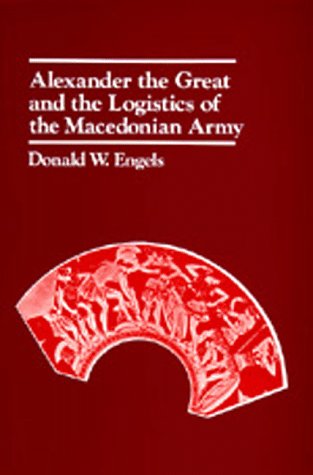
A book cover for Alexander the Great and the Logistics of the Macedonian Army; Donald W. Engels; History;